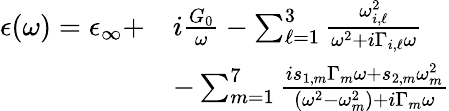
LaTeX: \begin{array}{r}{\begin{array}{rl}{\epsilon(\omega)=\epsilon_{\infty}+}&{i\frac{G_{0}}{\omega}-\sum_{\ell=1}^{3}\frac{\omega_{i,\ell}^{2}}{\omega^{2}+i\Gamma_{i,\ell}\omega}}\\ &{-\sum_{m=1}^{7}\frac{is_{1,m}\Gamma_{m}\omega+s_{2,m}\omega_{m}^{2}}{(\omega^{2}-\omega_{m}^{2})+i\Gamma_{m}\omega}}\end{array}}\end{array}